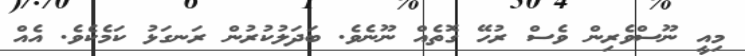
މިއީ ނޫސްވެރިން ވެސް ރުހޭ ގޮތެއް ނޫނެވެ. ބަދަލުކުރުން ރަނގަޅު ކަމެކެވެ. އެއް